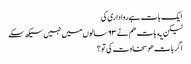
ایک بات ہے روا داری کی
لیکن یه بات هم نے ٦٣ سالوں میں نہیں سیکھ سکے
اگر بات هو سخاوت کی تو ؟